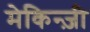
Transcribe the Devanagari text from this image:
मेकिन्ज़ी